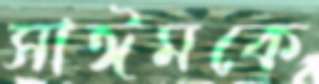
সাঈমকে